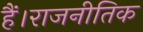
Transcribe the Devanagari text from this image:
हैं।राजनीतिक